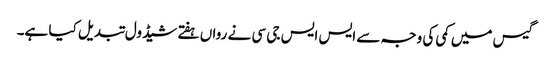
گیس میں کمی کی وجہ سے ایس ایس جی سی نے رواں ہفتے شیڈول تبدیل کیا ہے۔